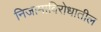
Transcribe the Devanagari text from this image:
निजामाविरोधातील